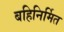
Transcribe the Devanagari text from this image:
बहिनिर्मित